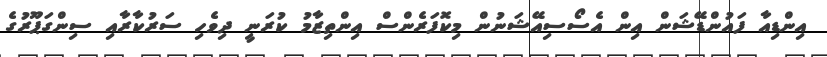
އިންޑިއާ ފައުންޑޭޝަން އިން އެސޯސިއޭޝަނުން މިކޮފަރެންސް އިންތިޒާމު ކުރަނީ ދިވެހި ސަރުކާރާއި ސިންގަޕޫރުގެ